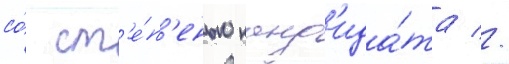
со́ ст'е́п'енью канд'ида́та //